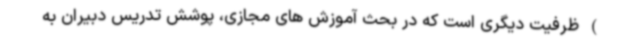
) ظرفیت دیگری است که در بحث آموزش های مجازی، پوشش تدریس دبیران به